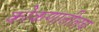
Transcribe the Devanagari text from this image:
कोकणातीलच